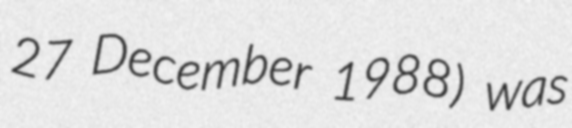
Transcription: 27 December 1988) was